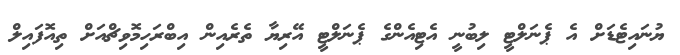
ޔުނައިޓެޑަށް އެ ޕެނަލްޓީ ލިބުނީ އެޓިއެންގެ ޕެނަލްޓީ އޭރިޔާ ތެރެއިން އިބްރަހިމޮވިޗްއަށް ތިއޮފައިލް